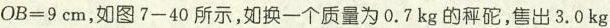
$$O B = 9 c m$$，如图7-40所示，如换一个质量为0.7kg的秤砣，售出3.0kg